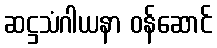
ဆဋ္ဌသံဂါယနာ ဝန်ဆောင်